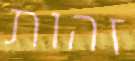
זהות